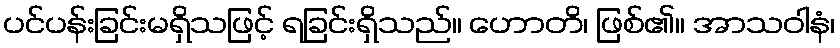
ပင်ပန်းခြင်းမရှိသဖြင့် ရခြင်းရှိသည်။ ဟောတိ၊ ဖြစ်၏။ အာသဝါနံ၊